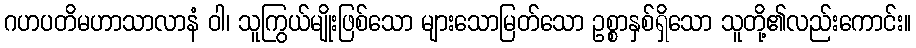
ဂဟပတိမဟာသာလာနံ ဝါ၊ သူကြွယ်မျိုးဖြစ်သော များသောမြတ်သော ဥစ္စာနှစ်ရှိသော သူတို့၏လည်းကောင်း။